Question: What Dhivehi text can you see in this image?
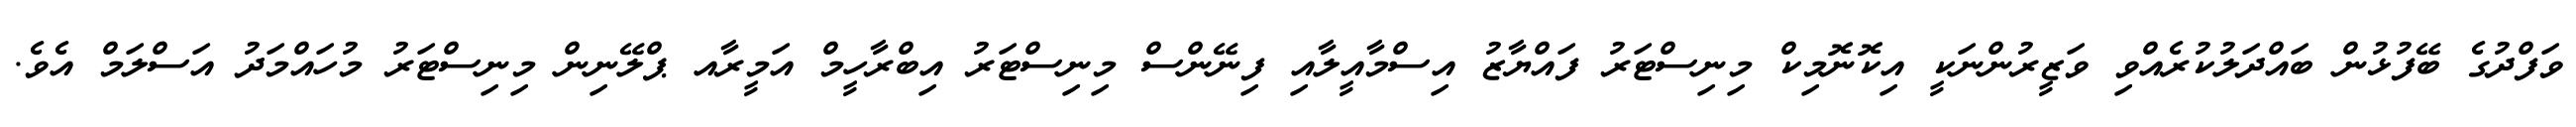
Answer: ވަފްދުގެ ބޭފުޅުން ބައްދަލުކުރެއްވި ވަޒީރުންނަކީ އިކޮނޮމިކް މިނިސްޓަރު ފައްޔާޒު އިސްމާއީލާއި ފިނޭންސް މިނިސްޓަރު އިބްރާހީމް އަމީރާއ ޕްލޭނިން މިނިސްޓަރު މުހައްމަދު އަސްލަމް އެވެ.